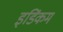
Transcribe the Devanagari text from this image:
इडिंकम